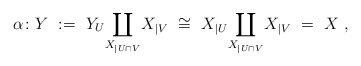
\begin{align*}\alpha\colon Y~:=~ Y_U \underset{X_{|U\cap V}} \coprod X_{|V} ~\cong~ X_{|U} \underset{X_{|U\cap V}} \coprod X_{|V}~=~X~,\end{align*}